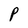
Character: P